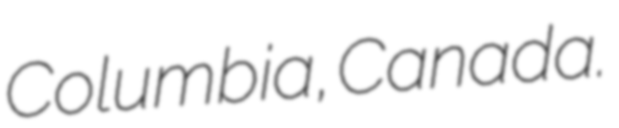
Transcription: Columbia, Canada.